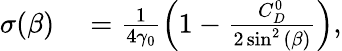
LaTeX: \begin{array}{rl}{\sigma(\beta)}&{{}={}\frac{1}{4\gamma_{0}}\left(1-\frac{C_{D}^{0}}{2\sin^{2}{(\beta)}}\right),}\end{array}